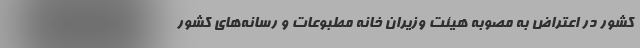
کشور در اعتراض به مصوبه هیئت وزیران خانه مطبوعات و رسانه‌های کشور